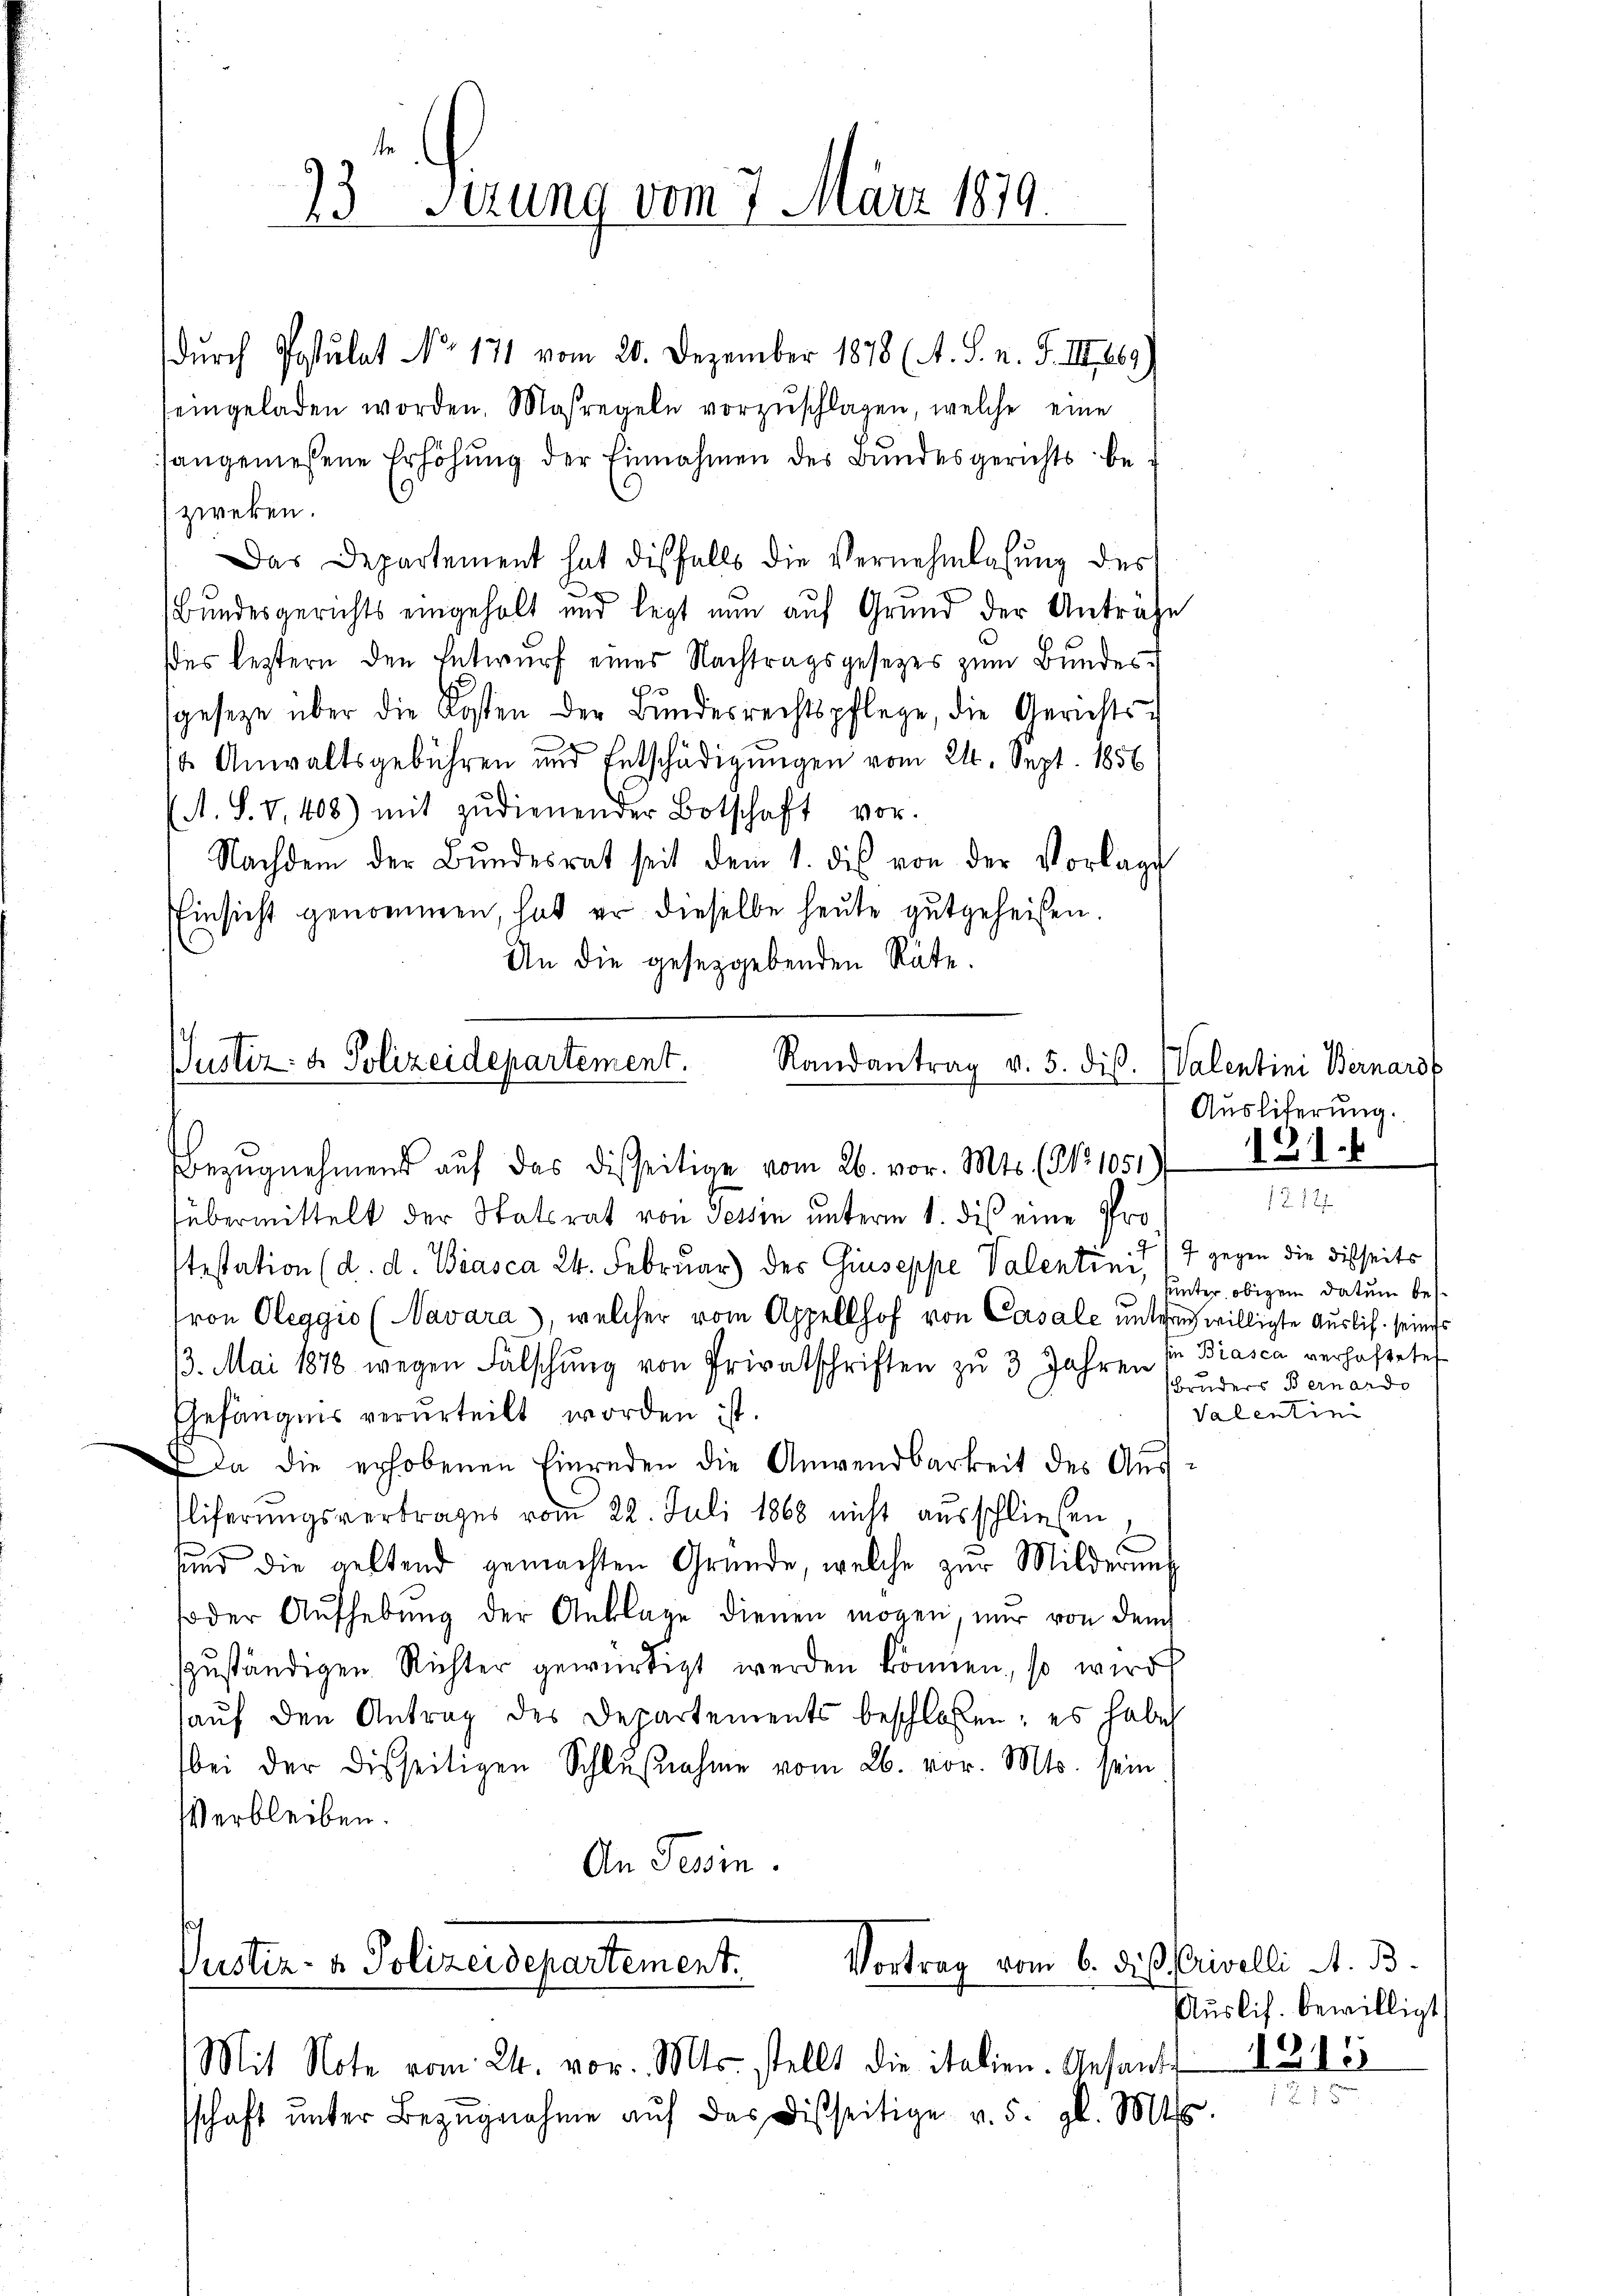
93 Sizung vom 7. März 1819.

durch Postulat No. 171 vom 20. Dezember 1878 (A. S. n. F. III 169)
eingeladen worden. Maßregeln vorzŭschlagen, welche eine
sangenießene Erhöhŭng der Einnahmen des Bundesgerichts be
zweken.
Das Departement hat diesfalls die Vernehmlasung des
s
Bundesgerichts eingeholt und legt nun auf Grund der Anträge
es leztern den Entwurf eines Nachtragsgesetzes zum Bundessgeseze über die Kosten der Bundesrechtspflege, die Gerichts-
t Anwaltsgebühren und Entschädigŭngen vom 24. Sept. 1856
A. S. V, 408) mit zudienender Botschaft vor.
Nachdem der Bŭndesrat seit dem 1. des von der Vorlage
Einsicht genommen, hat er dieselbe heute gutgeheißen.
An die gesetzgebenden Räte.

Justiz- & Polizeidepartement.
Randantrag v. 5. dis.
Bezŭgnehmend aŭf das disseitige vom 26. vor. Mts. (No 1051. 127 f

übermittelt der Statsrat von Tessin unterm 1. dies eine Pro
testation (d. d. Biasca 24. Februar) des Giuseppe Valentini, 7 gegen die Disseits
ron Oleggio (Navara), welcher vom Appellhof von Casale unter willigte Auslif seines
13. Mai 1878 wegen Fälschung von Privatschriften zu 3 Jahren
Gefängnis verurteilt worden ist.
da die erhobenen Einreden die Anwendbarkeit des Ausliferungsvertrages vom 22. Juli 1868 nicht ausschließen,
E
sund die geltend gemachten Gründe, welche zur Milderunt
soder Aŭfhebŭng der Anklage dienen mögen, nur von dem
zuständigen Richter gewürdigt werden können, so wird
aŭf den Antrag des Departements beschlossen; es habe
bei der disseitigen Schlußnahme vom 26. vor. Mts. sein
Verbleiben.
An Tessin.

Vortrag vom 6. die Privelli A. B.
Justiz- & Polizeidepartement.

Mit Note vom 24. vor. Mts. stellt die italien. Gesandt 1815
sschaft ŭnter Bezŭgnahme aŭf das Disseitige v. 5. gl. Mt

Valentini Bernard
Ausliterung.

uunter obigem Datum bessin Biasca verhaftete
Bruders Bernardo
Valentin

Auslis. bewilligt